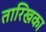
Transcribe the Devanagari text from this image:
तारिखका